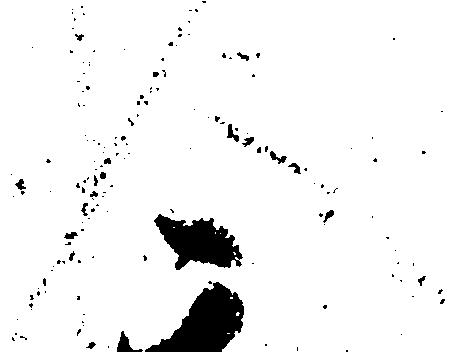
人